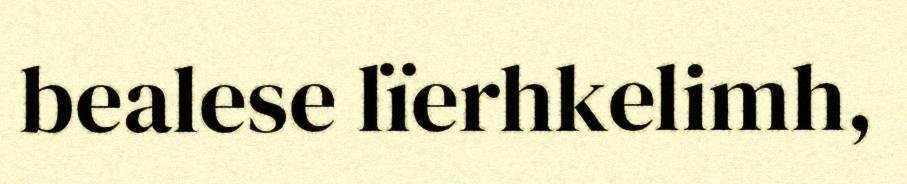
bealese lïerhkelimh,